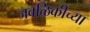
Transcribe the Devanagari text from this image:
जवळिकीच्या